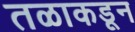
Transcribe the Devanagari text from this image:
तळाकडून